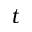
t